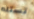
تستلم